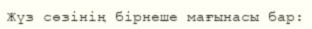
Жүз сөзінің бірнеше мағынасы бар: